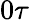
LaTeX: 0\tau